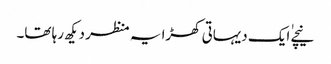
نیچے ٰایک دیہاتی کھڑا یہ منظر دیکھ رہا تھا۔